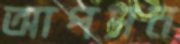
আপসন